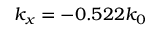
k _ { x } = - 0 . 5 2 2 k _ { 0 }